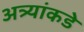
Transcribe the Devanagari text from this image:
अत्र्यांकडे